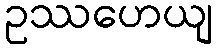
ဥဿဟေယျ